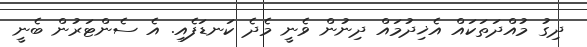
ދިގު މުއްދަތަކައް އެޚިދުމައް ދިނުން ވެނީ މެދެ ކަނޑަފެއި. އެ ސެންޓަރުން ބެނީ